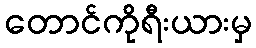
တောင်ကိုရီးယားမှ